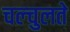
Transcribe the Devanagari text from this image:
चल्चुलते